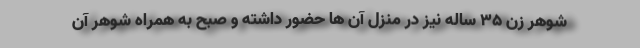
شوهر زن 35 ساله نیز در منزل آن ها حضور داشته و صبح به همراه شوهر آن